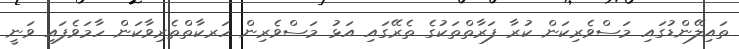
ތައިލޭންޑުގައި މަސްވެރިކަން ކުރާ ފަރާތްތަކުގެ ތެރޭގައި އަޅު މަސްވެރިން ހަރކާތްތެރިވާކަން ހާމަވެފައި ވަނީ